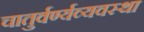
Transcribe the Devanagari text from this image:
चातुर्वर्ण्यव्यवस्था